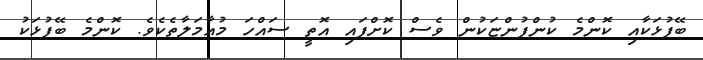
ބޭފުޅަކާއި ކޮންމެ ކުންފުންޏަކުން ވެސް ކޮށްފައި އޮތީ ސައްހަ މުއާމަލާތެކެވެ. ކޮންމެ ބޭފުޅަކު